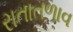
રાતાતળાવ